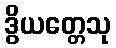
ဒွိယတ္တေသု